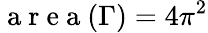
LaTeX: \mathrm{~a~r~e~a~}(\Gamma)=4\pi^{2}